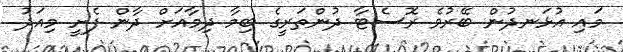
މައި އުޅަނދުން ބޭރުވެ ރޮސެޓާ ދުންތަރީގެ ބިމާ ދިމާއަށް ދާން ފެށީ މިއަދު